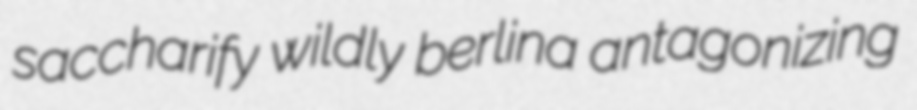
saccharify wildly berlina antagonizing